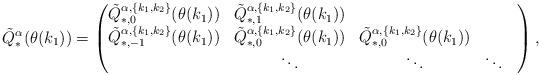
LaTeX: \begin{align*}\tilde{Q}^\alpha_*(\theta(k_1))= \begin{pmatrix}\tilde{Q}^{\alpha,\{k_1,k_2\}}_{*,0}(\theta(k_1)) & \tilde{Q}^{\alpha,\{k_1,k_2\}}_{*,1}(\theta(k_1)) & & \cr\tilde{Q}^{\alpha,\{k_1,k_2\}}_{*,-1}(\theta(k_1)) & \tilde{Q}^{\alpha,\{k_1,k_2\}}_{*,0}(\theta(k_1)) & \tilde{Q}^{\alpha,\{k_1,k_2\}}_{*,0}(\theta(k_1)) & & \cr& \ddots & \ddots & \ddots \end{pmatrix},\end{align*}